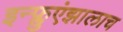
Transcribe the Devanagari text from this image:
इन्फ्लुएंझालाच